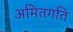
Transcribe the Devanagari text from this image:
अमितगति